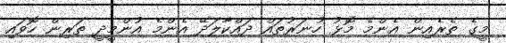
މީގެ ތެރެއިން އެންމެ މޮޅު ހުނަރުތައް ދައްކާލަދޭ އެންމެ އުންމީދީ ތަރިން ހޮވައި